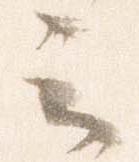
云